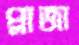
প্লাজা